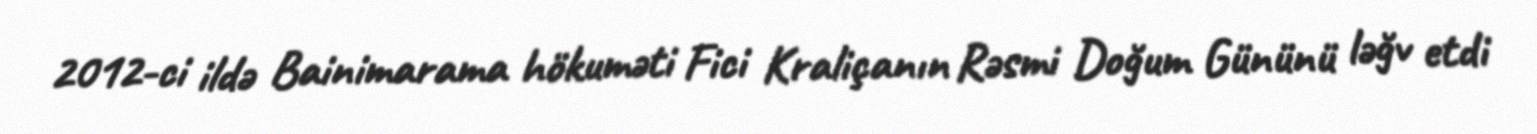
2012-ci ildə Bainimarama hökuməti Fici Kraliçanın Rəsmi Doğum Gününü ləğv etdi